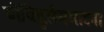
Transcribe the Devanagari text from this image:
बोधिदुर्लमभावना